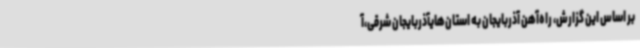
بر اساس این گزارش، راه‌آهن آذربایجان به استان‌هایآذربایجان شرقی،آ